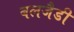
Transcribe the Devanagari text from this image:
बलजैडी